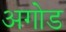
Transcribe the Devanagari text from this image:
अगोड